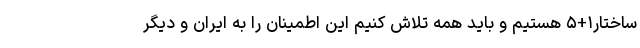
ساختار۱+۵ هستیم و باید همه تلاش کنیم این اطمینان را به ایران و دیگر